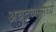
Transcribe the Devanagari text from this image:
अन्नद्रव्यामध्ये